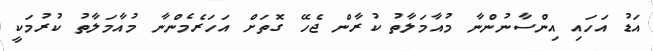
އަޑު އަހައި އިންސާނުންނާ މުއާމަލާތު ކުރާން ޖެހޭ ގޮތަށް އަހަރެމެންނާ މުއާމަލާތު ކުރުމަކީ